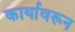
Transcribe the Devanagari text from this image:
कार्यावरून